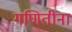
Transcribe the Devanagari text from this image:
गणितींना